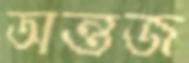
অন্তজ